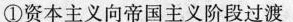
①资本主义向帝国主义阶段过渡